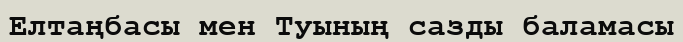
Елтаңбасы мен Туының сазды баламасы